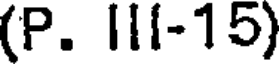
(P. III-15)